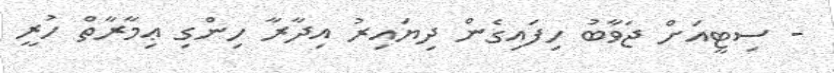
- ސިޓީއަށް ޖަވާބު ހިފައިގެން ދިޔައިރު އިދާރާ ހިންގި ޢިމާރާތް ހުރީ